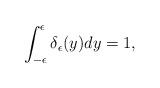
LaTeX: \begin{align*}\int_{-\epsilon}^{\epsilon}\delta_{\epsilon}(y)dy=1,\end{align*}